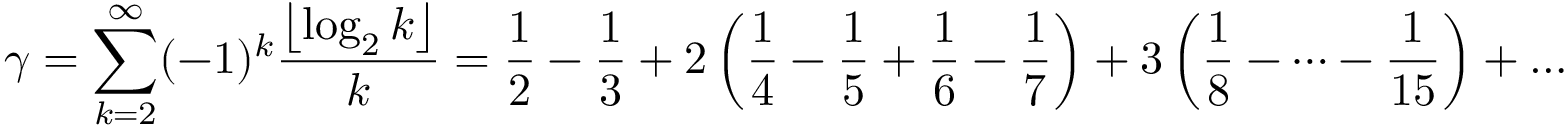
\gamma = \sum _ { k = 2 } ^ { \infty } ( - 1 ) ^ { k } { \frac { \left\lfloor \log _ { 2 } k \right\rfloor } { k } } = { \frac { 1 } { 2 } } - { \frac { 1 } { 3 } } + 2 \left( { \frac { 1 } { 4 } } - { \frac { 1 } { 5 } } + { \frac { 1 } { 6 } } - { \frac { 1 } { 7 } } \right) + 3 \left( { \frac { 1 } { 8 } } - \cdots - { \frac { 1 } { 1 5 } } \right) + \dots